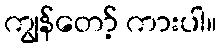
ကျွန်တော့် ကားပါ။